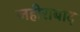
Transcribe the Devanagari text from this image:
जहीराबाद